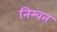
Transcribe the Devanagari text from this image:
निम्वत